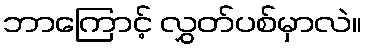
ဘာကြောင့် လွှတ်ပစ်မှာလဲ။